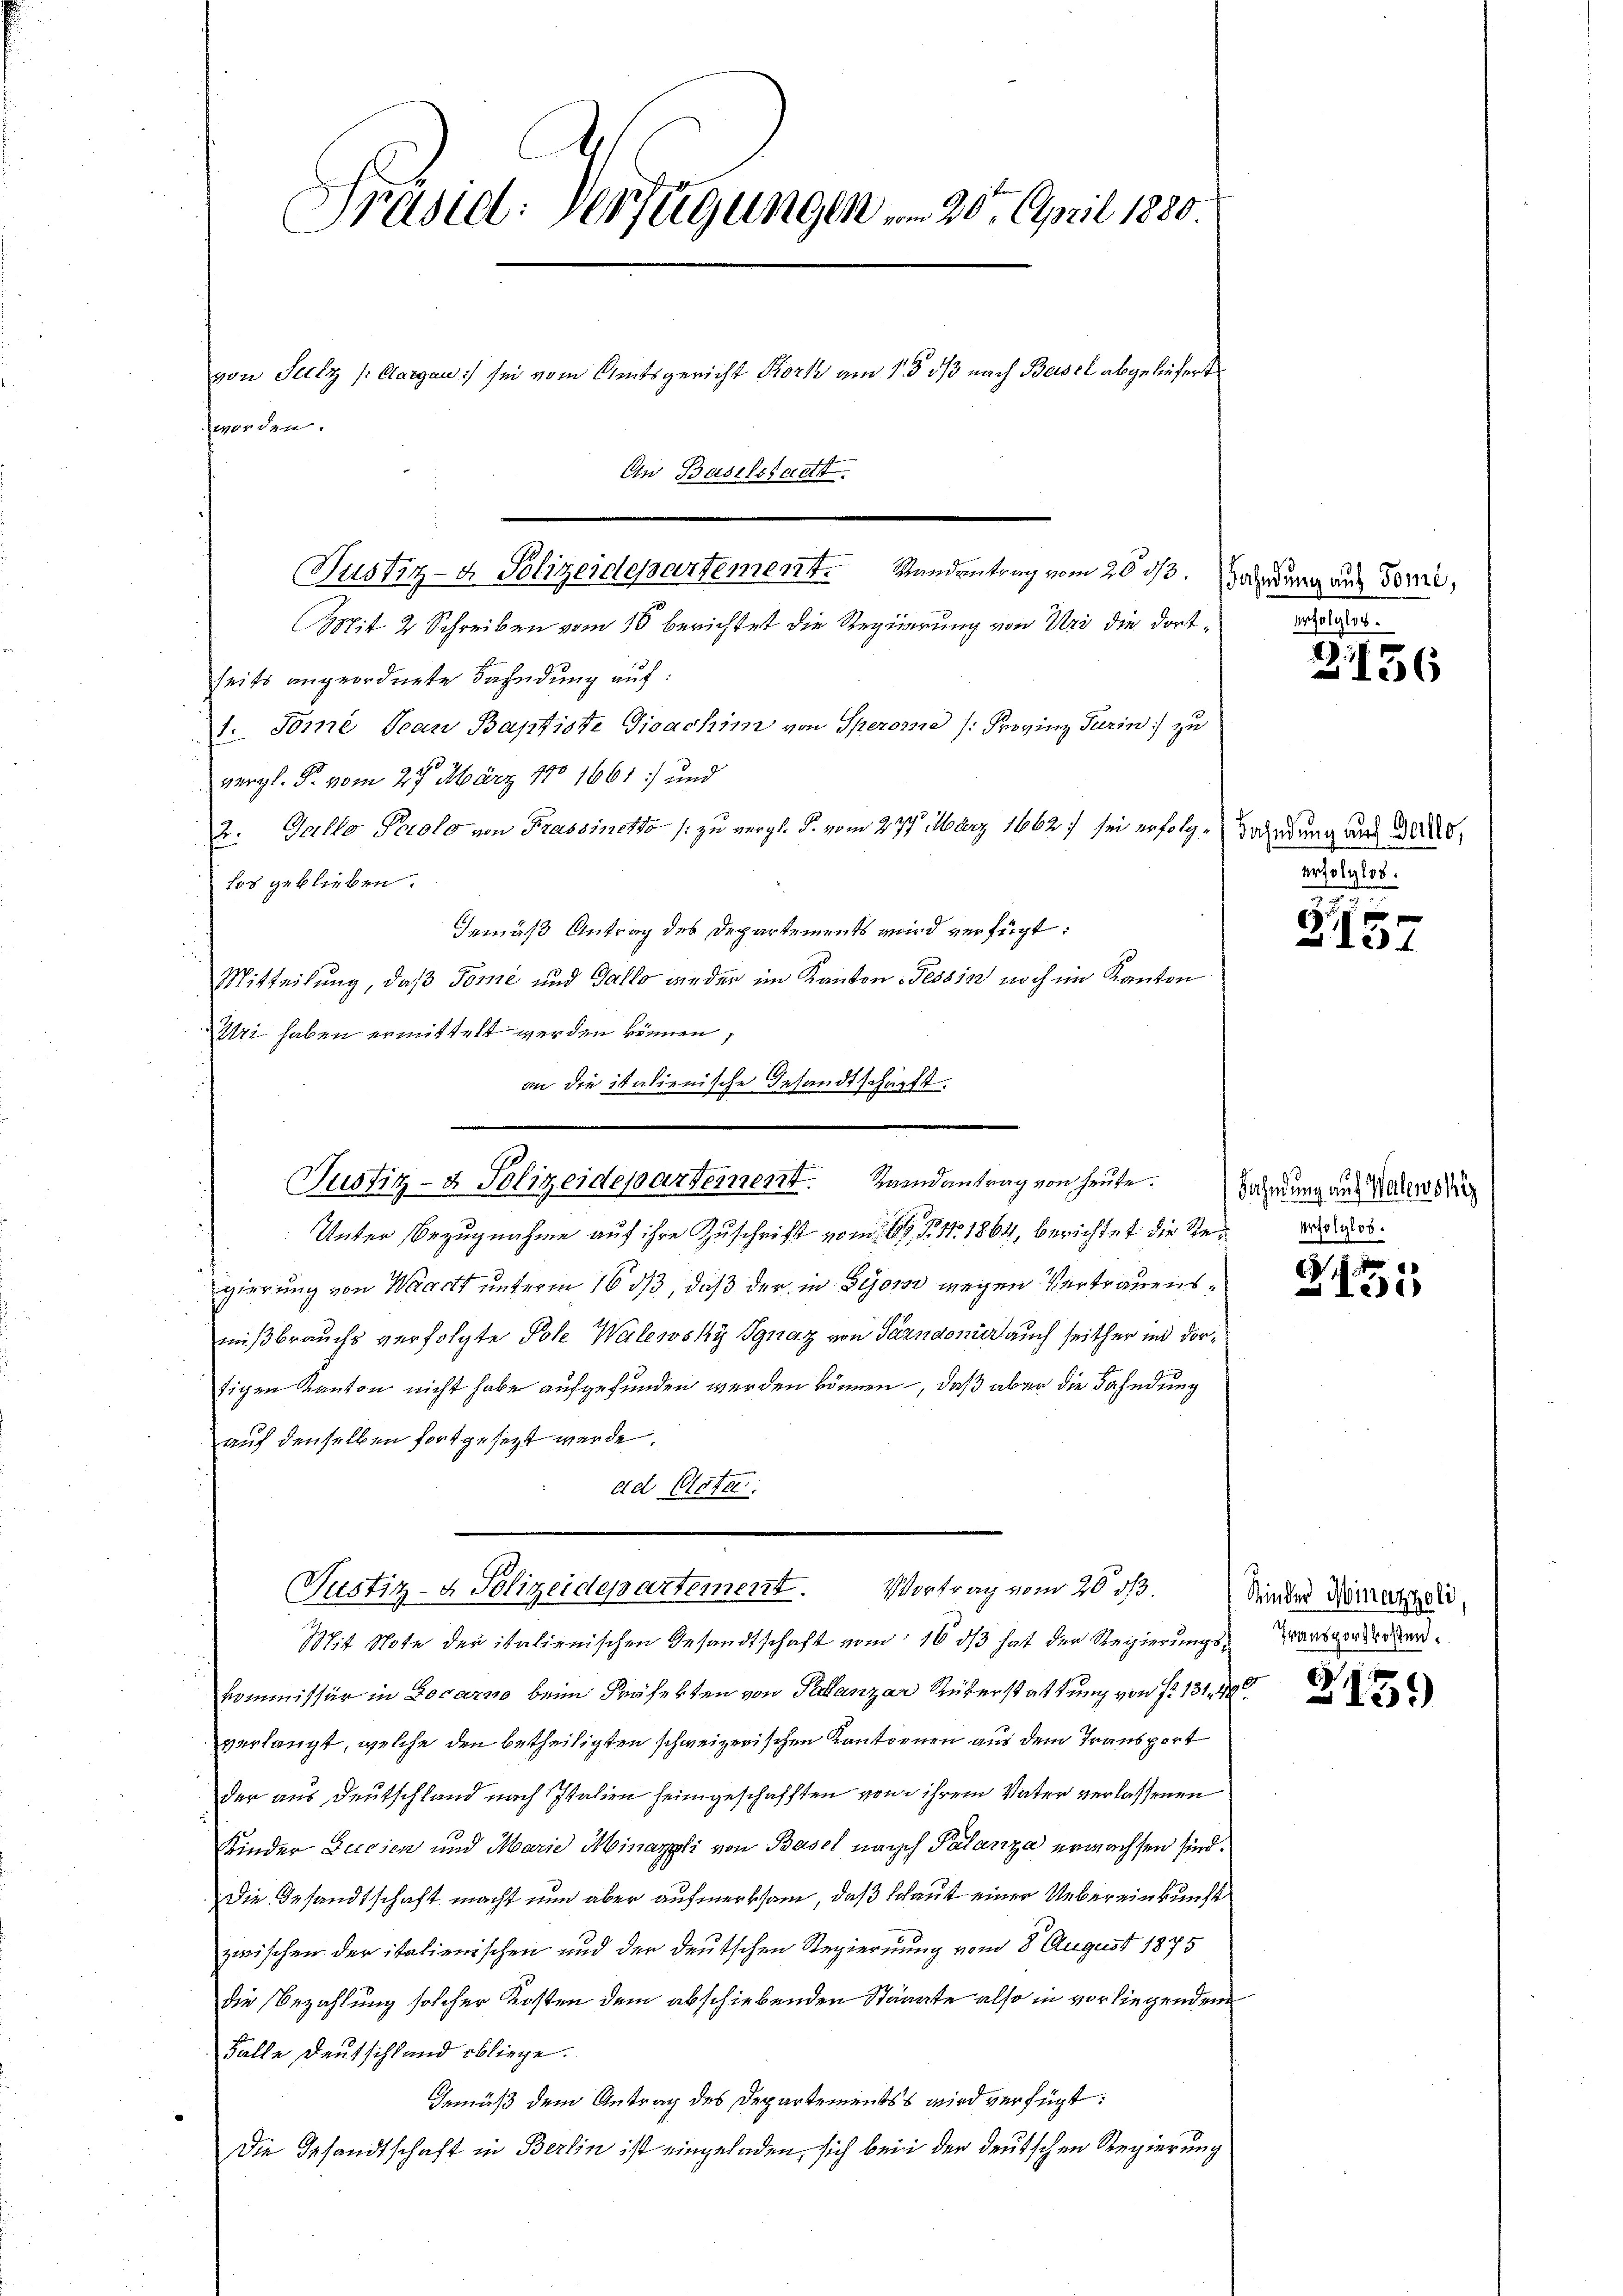
Präsid: Verfügungen vom 20. April 1880
von Sulz (Aargau) sei vom Amtsgericht Bork am 1. ds nach Basel abgeliefert
hwerden.
An Baselstadt.

(Justiz- & Polizeidepartement. Standentrag vom 26. ds. Wahrung aus donne,
pit 2 Schreiben vom 10 berichtet die Regierung von Uri die dortseits angeordnete Fahndung auf:
1. Tomi Jean Baptiste Gioachim von Sperome (: Provinz Turin: zu
vergl. P. vom 27. März 1781661) und
2. Gallo Perolo von Frassinetto (: zu vergl. P. vom 277. März 1862 sei erfolglos geblieben.
Gemäß Antrag des Departements wird verfügt:
Mitteilung, daß Tomé und Gallo wieder im Kanton Tessin noch im Kanton
Uri haben ermittelt werden können,
an die italienische Gesandtschärft.

Unter Bezugnahme auf ihre Zuschrift vom 16. d. 1864, berichtet die Regierung von Wacht unterm 16 ds, daß der in Gesow wegen Vertrauensmißbrauchs verfolgte Pole Walewsky Ignaz von Garndoner auch seither in dortigen Kanton nicht habe aufgefunden werden können, daß aber die Fahndung
auf denselben fortgesetzt werde.
ad Clota.

Justiz- & Polizeidepartement. Landantrag von heute. Fahndung aus Nachwörung

Justiz- & Polizeidepartement. Vortrag vom 20. ds.

e

Mit Note der italienischen Gesandtschaft vom 16. ds hat der Regierungskommissär in Locarno beim Präfekten von Palanzar Rükerstattung von § 1314.
verlangt, welche den betheiligten schweizerischen Kantornen aus dem Transport
der aus Deutschland nach Italien heimgeschafften von ihrem Vater verlassenen
Kinder Lucien und Marie Minazpli von Basel nach Palanza erwachsen sind.
Die Gesandtschaft macht nun aber aufmerksam, daß Schaut einer Uebereinkunft
zwischen der italienischen und der deutschen Regierung vom 8. August 1875
die Bezahlung solcher Kosten dem abschiebenden Stängte also in vorliegendem
Falle Deutschland obliege.
Gemäß dem Antrag des Departementss wird verfügt:
Die Gesandtschaft in Berlin ist eingeladen, sich bei der deutschen Regierung

21156

Bahndung auf Gallo,
erfolglos.

f
3157

erfolglos.

151

Kinder Minazzoli,
Transportkosten.

3159)